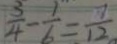
\frac { 3 } { 4 } - \frac { 1 } { 6 } = \frac { 7 } { 1 2 }